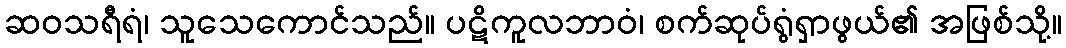
ဆဝသရီရံ၊ သူသေကောင်သည်။ ပဋိကူလဘာဝံ၊ စက်ဆုပ်ရွံရှာဖွယ်၏ အဖြစ်သို့။